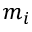
m _ { i }